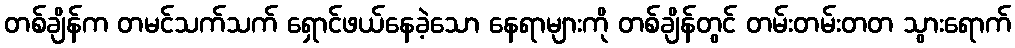
တစ်ချိန်က တမင်သက်သက် ရှောင်ဖယ်နေခဲ့သော နေရာများကို တစ်ချိန်တွင် တမ်းတမ်းတတ သွားရောက်